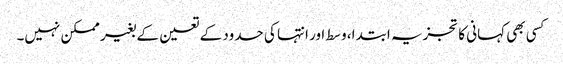
کسی بھی کہانی کا تجزیہ ابتدا، وسط اور انتہا کی حدود کے تعین کے بغیر ممکن نہیں۔